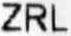
ZRL